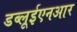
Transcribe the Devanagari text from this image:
डब्लूईएनआर